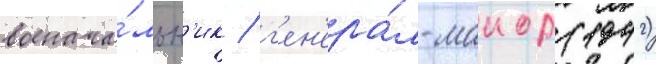
военача́льн'ик / г'ен'ера́л-маиор (1942)